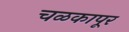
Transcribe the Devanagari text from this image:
चळकापूर